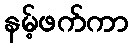
နမ့်ဖက်ကာ